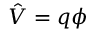
{ \hat { V } } = q \phi